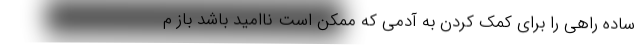
ساده ‌راهی را برای کمک کردن به آدمی که ممکن است ناامید باشد باز م